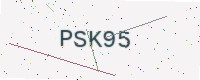
Text: PSK95